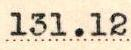
131.12